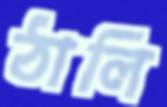
ঠালি